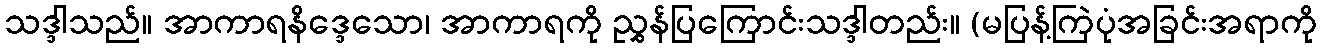
သဒ္ဒါသည်။ အာကာရနိဒ္ဒေသော၊ အာကာရကို ညွှန်ပြကြောင်းသဒ္ဒါတည်း။ (မပြန့်ကြဲပုံအခြင်းအရာကို